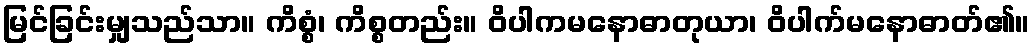
မြင်ခြင်းမျှသည်သာ။ ကိစ္စံ၊ ကိစ္စတည်း။ ဝိပါကမနောဓာတုယာ၊ ဝိပါက်မနောဓာတ်၏။